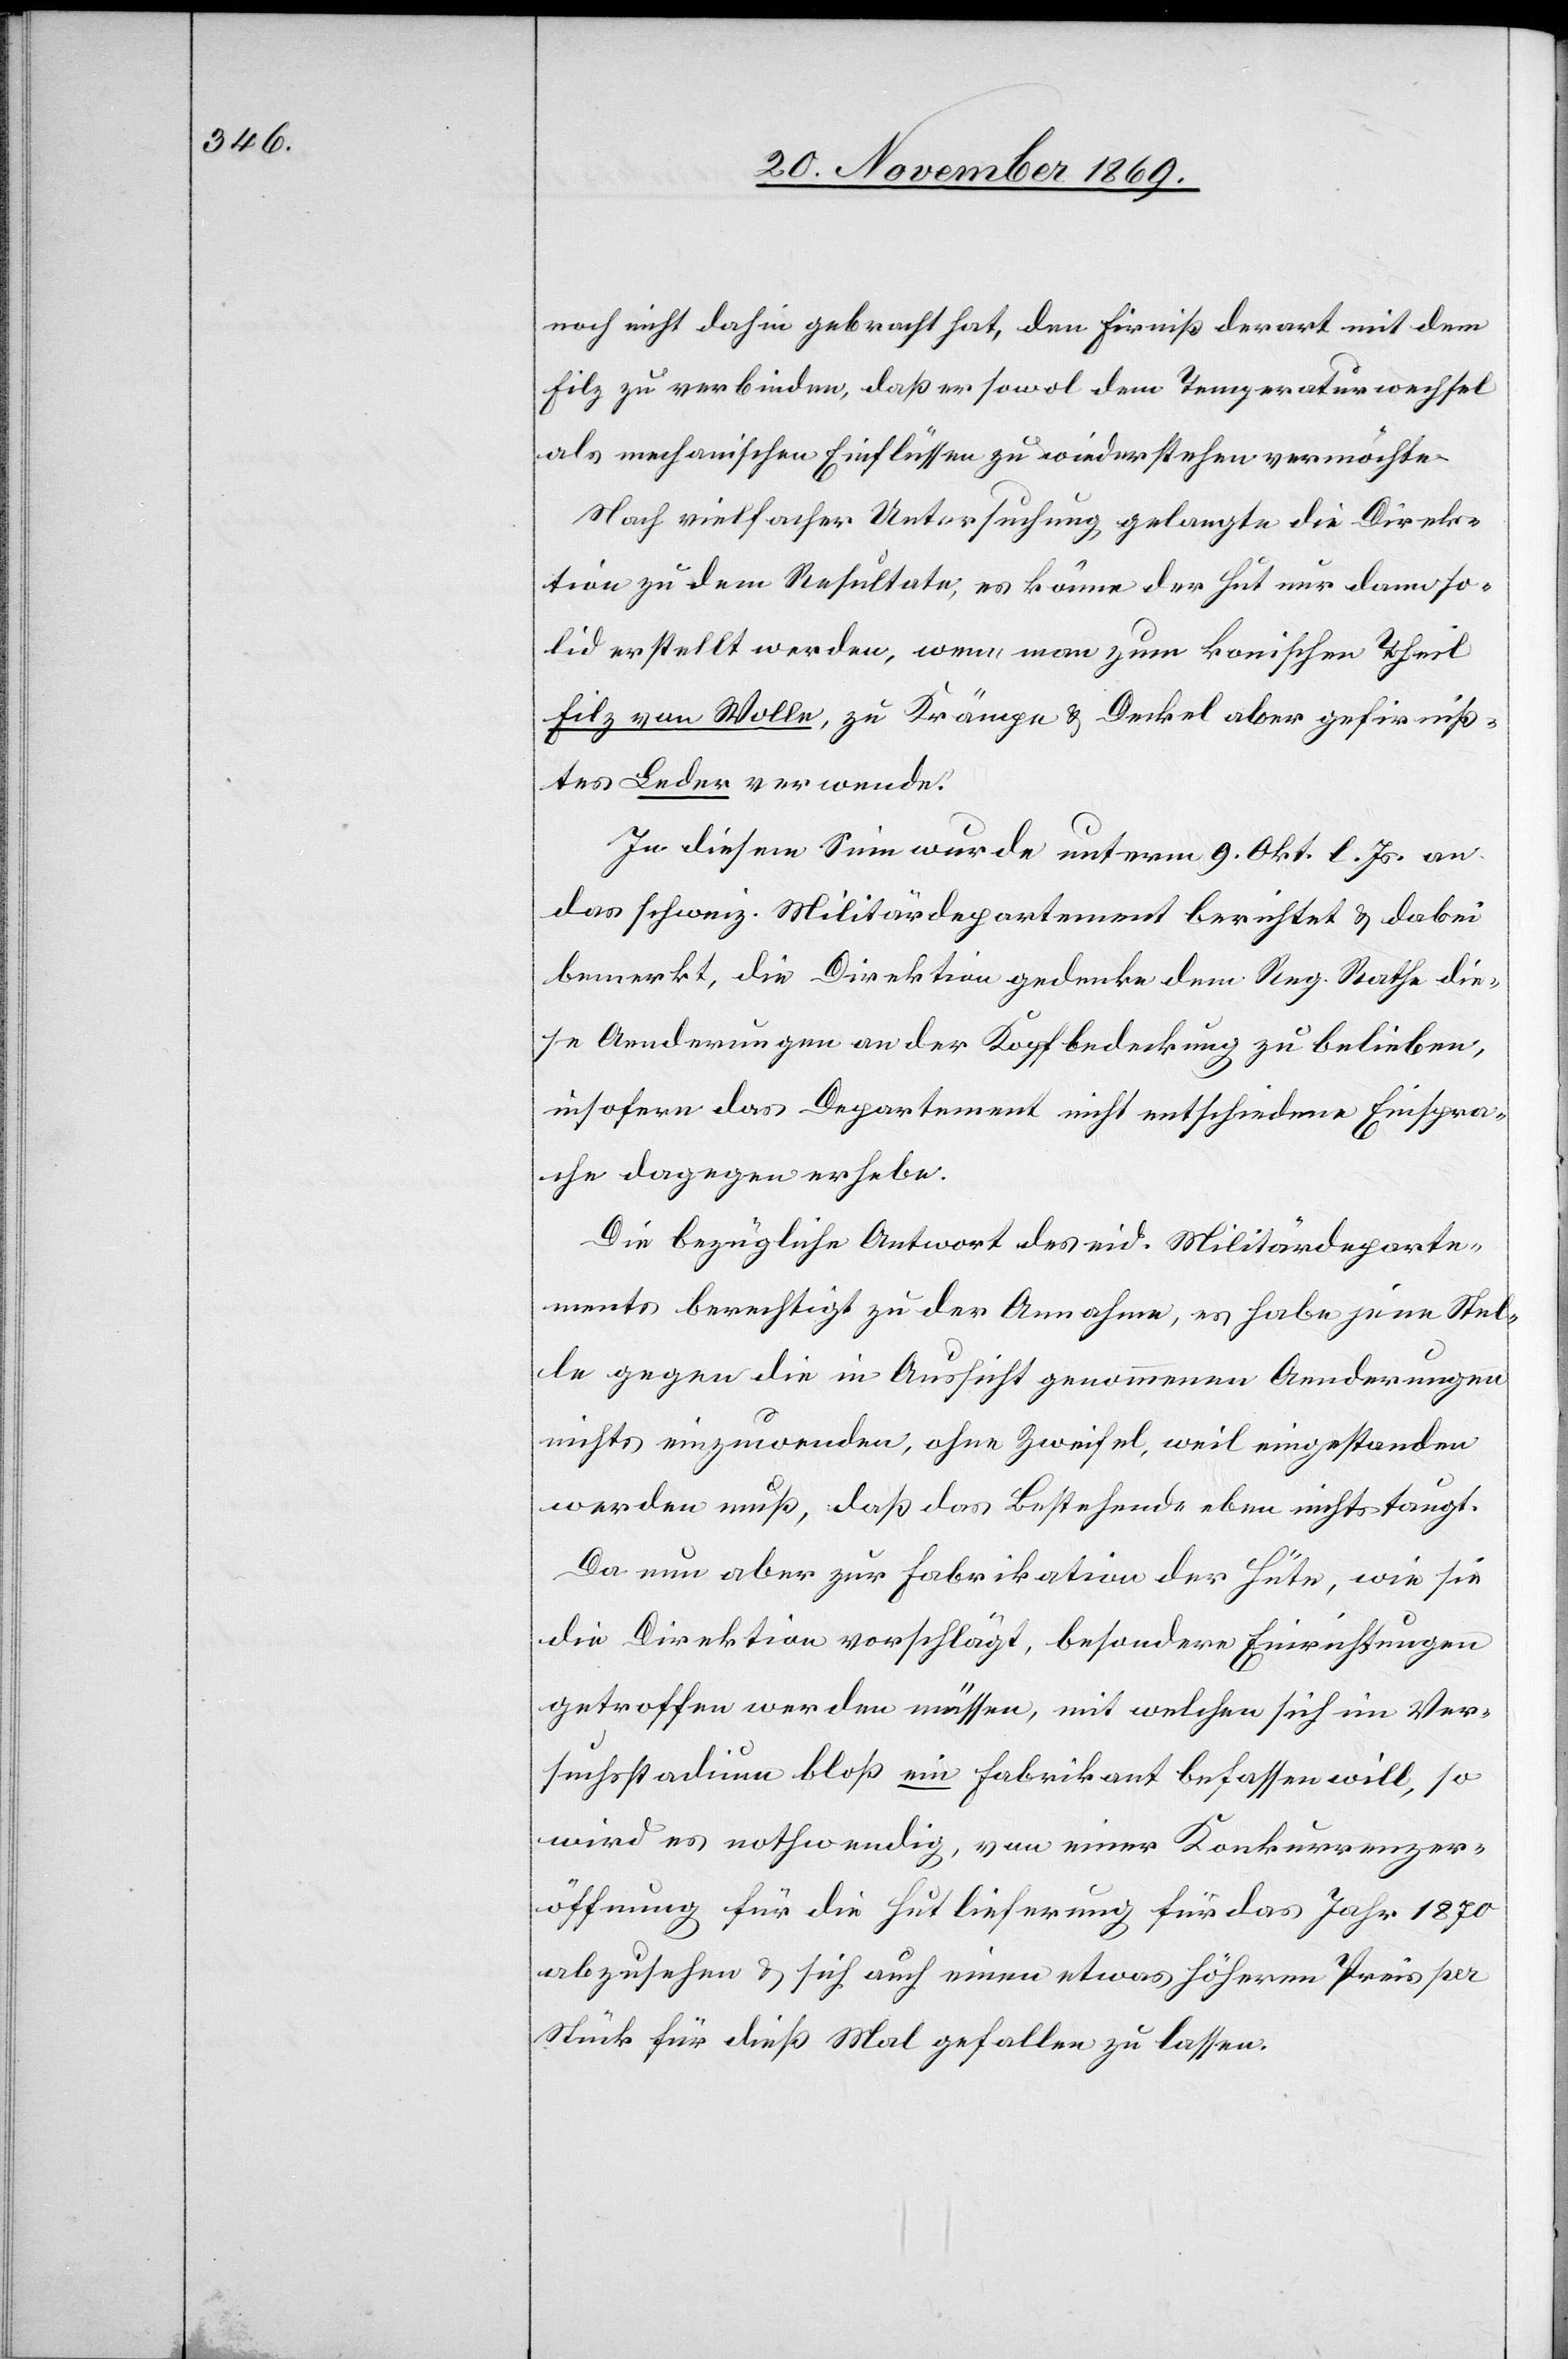
noch nicht dahin gebracht hat, den Firniß derart mit dem
Filz zu verbinden, daß er sowol dem Temperaturwechsel
als mechanischen Einflüssen zu wiederstehen vermöchte.
Nach vielfacher Untersuchung gelangte die Direk¬
tion zu dem Resultate, es könne der Hut nur dann so¬
lid erstellt werden, wenn man zum konischen Theil
Filz von Wolle, zu Krämpe & Deckel aber gefirniß¬
tes Leder verwende.
In diesem Sinn wurde unterm 9. Okt. l. Js. an
das schweiz. Militärdepartement berichtet & dabei
bemerkt, die Direktion gedenke dem Reg. Rathe die¬
se Aenderungen an der Kopfbedeckung zu belieben,
insofern das Departement nicht entschiedene Einspra¬
che dagegen erhebe.
Die bezügliche Antwort des eid. Militärdeparte¬
ments berechtigt zu der Annahme, es habe jene Stel¬
le gegen die in Aussicht genommenen Aenderungen
nichts einzuwenden, ohne Zweifel, weil eingestanden
werden muß, daß das Bestehende eben nichts taugt.
Da nun aber zur Fabrikation der Hüte, wie sie
die Direktion vorschlägt, besondere Einrichtungen
getroffen werden müssen, mit welchen sich im Ver¬
suchsstadium bloß ein Fabrikant befassen will, so
wird es nothwendig, von einer Konkurrenzer¬
öffnung für die Hutlieferung für das Jahr 1870
abzusehen & sich auch einen etwas höheren Preis per
Stück für dieß Mal gefallen zu lassen.